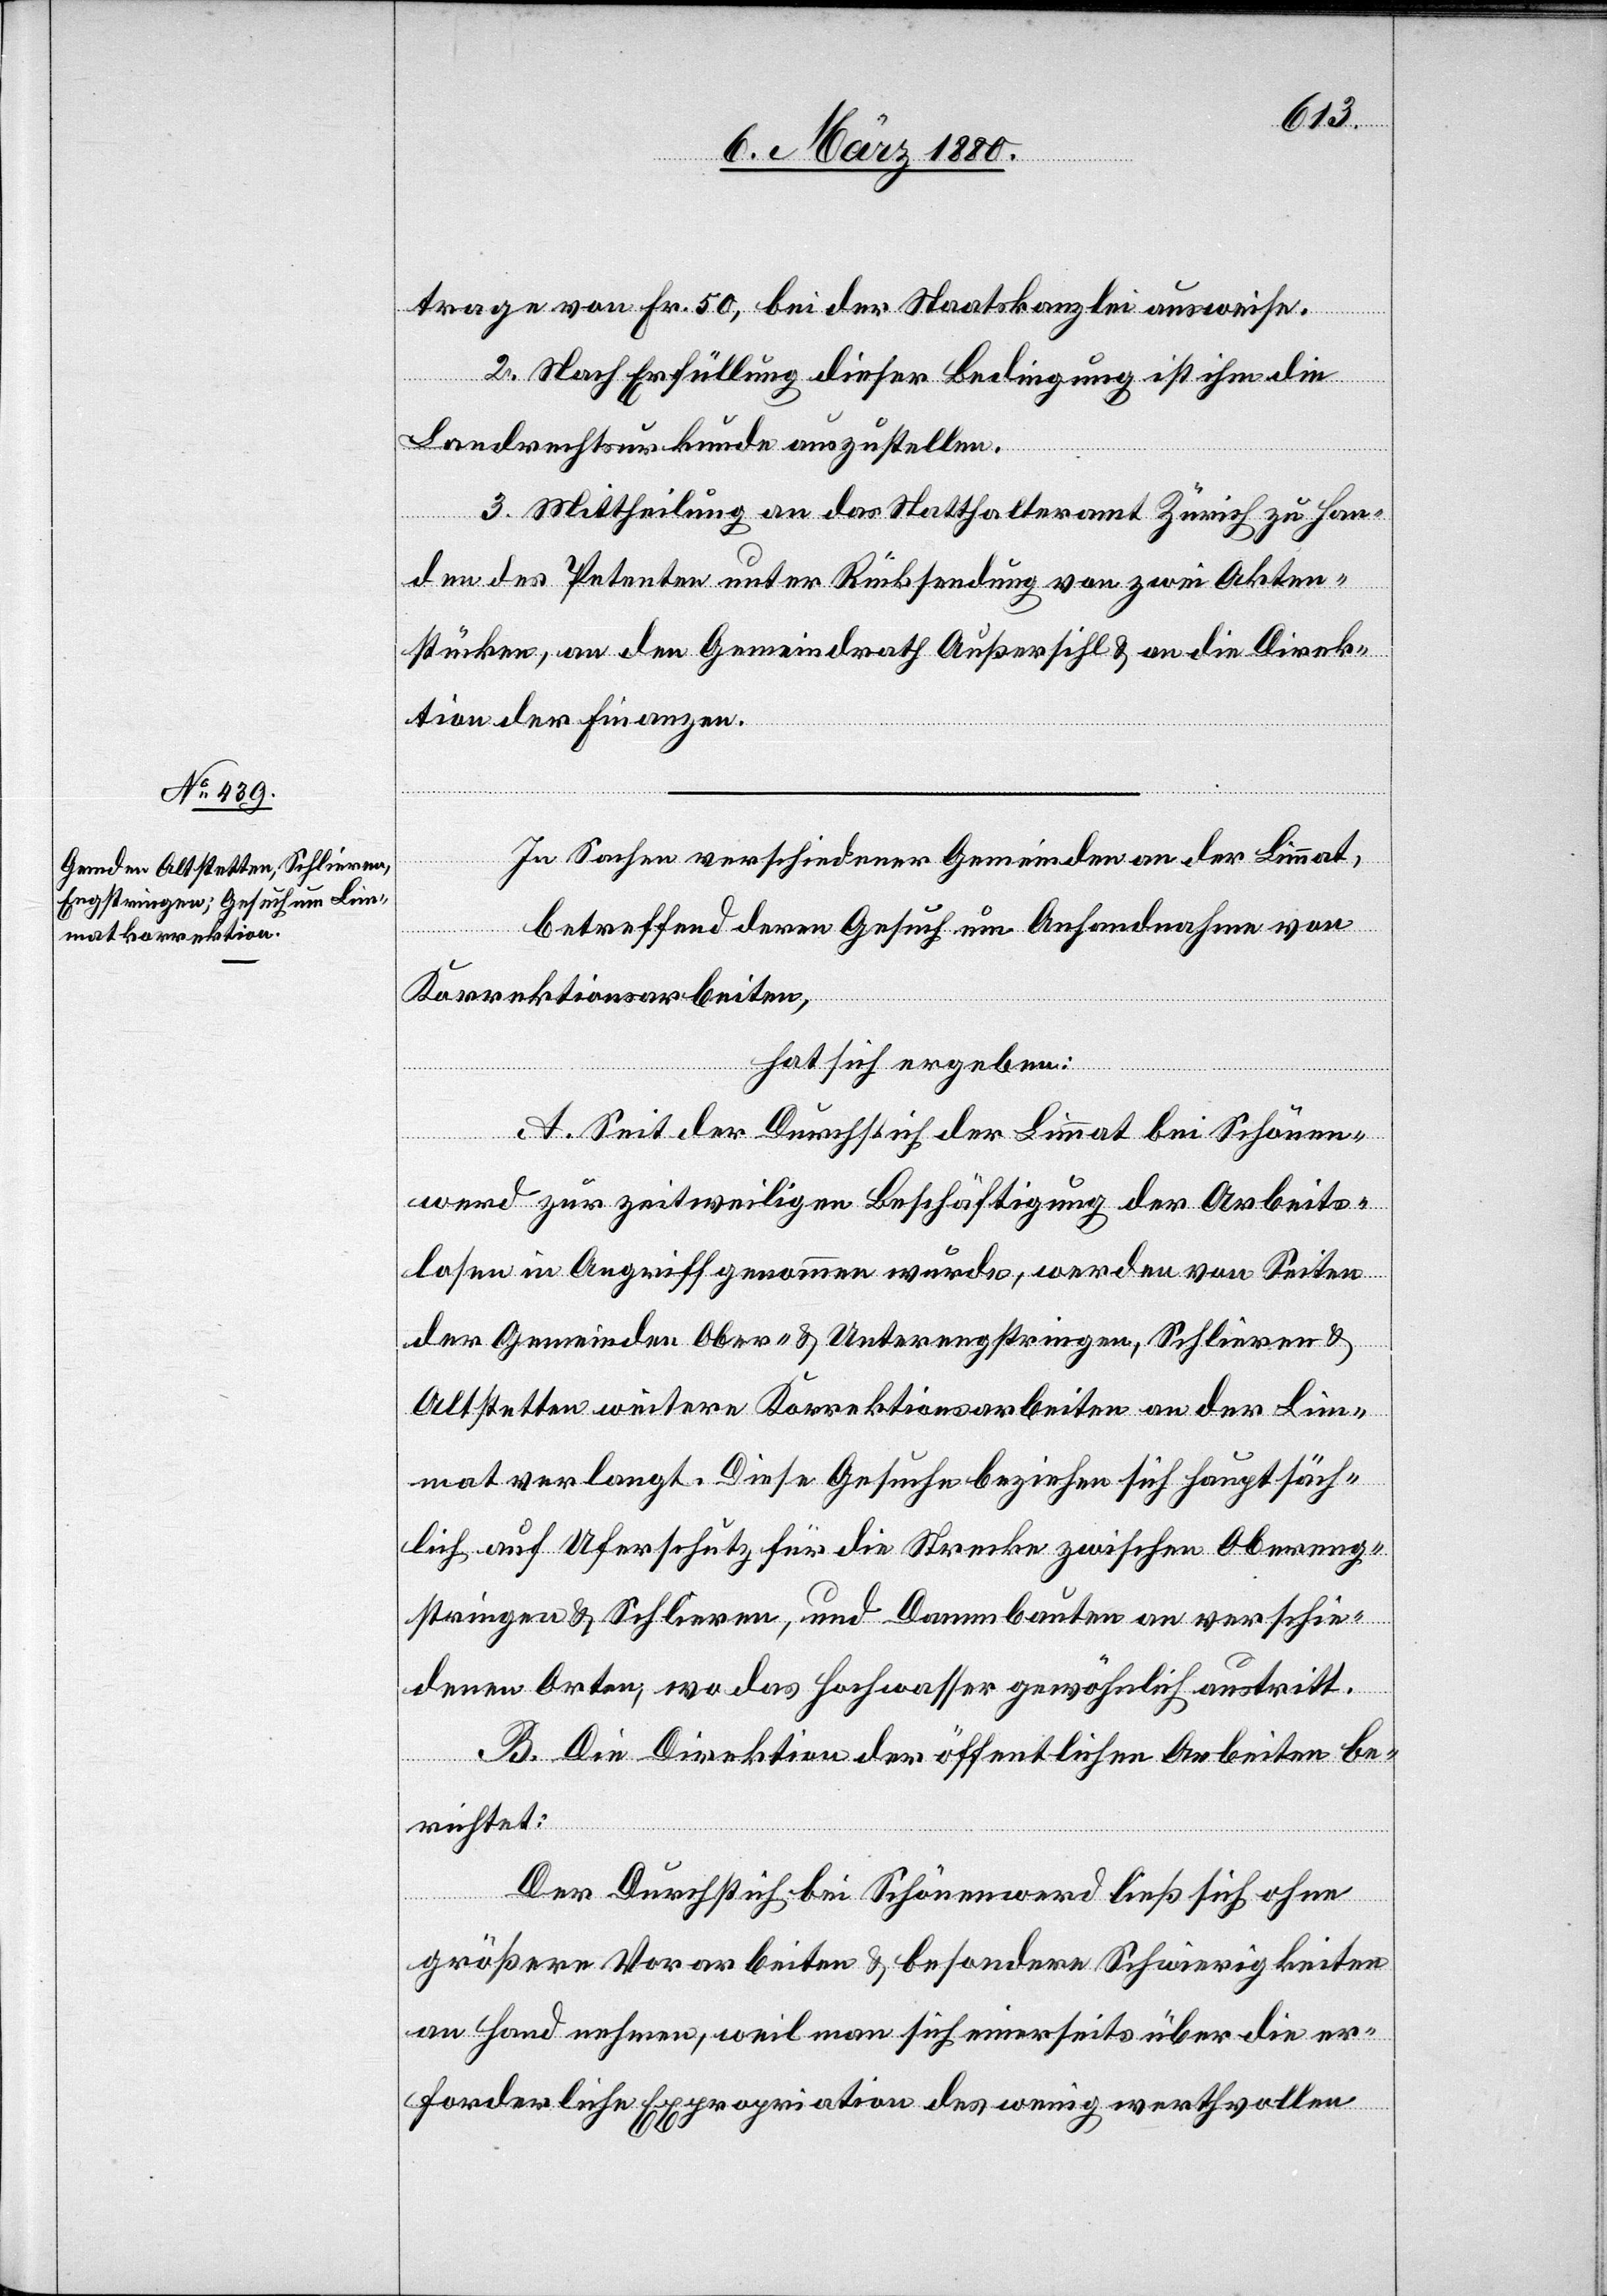
trage von Fr. 50, bei der Staatskanzlei ausweise.
2. Nach Erfüllung dieser Bedingung ist ihm die
Landrechtsurkunde auszustellen.
3. Mittheilung an das Statthalteramt Zürich zu Han¬
den des Petenten unter Rücksendung von zwei Akten¬
stücken, an den Gemeindrath Außersihl & an die Direk¬
tion der Finanzen.
In Sachen verschiedener Gemeinden an der Limmat,
betreffend deren Gesuch um Anhandnahme von
Korrektionsarbeiten,
hat sich ergeben:
A. Seit der Durchstich der Limmat bei Schönen¬
werd zur zeitweiligen Beschäftigung der Arbeits¬
losen in Angriff genommen wurde, werden von Seiten
der Gemeinde Ober- & Unterengstringen, Schlieren &
Altstetten weitere Korrektionsarbeiten an der Lim¬
mat verlangt. Diese Gesuche beziehen sich hauptsäch¬
lich auf Uferschutz für die Strecke zwischen Obereng¬
stringen & Schlieren, und Dammbauten an verschie¬
denen Orten, wo das Hochwasser gewöhnlich austritt.
B. Die Direktion der öffentlichen Arbeiten be¬
richtet:
Der Durchstich bei Schönenwerd ließ sich ohne
größere Vorarbeiten & besondere Schwierigkeiten
an Hand nehmen, weil man sich einerseits über die er¬
forderliche Expropriation des wenig werthvollen